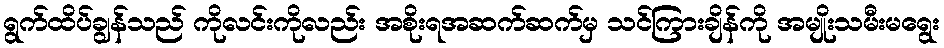
ရွက်ထိပ်ချွန်သည် ကိုလင်းကိုလည်း အစိုးရအဆက်ဆက်မှ သင်ကြားချိန်ကို အမျိုးသမီးမရွေး